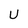
Character: U